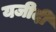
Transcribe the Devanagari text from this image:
यजीदी